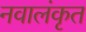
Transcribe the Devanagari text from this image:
नवालंकृत